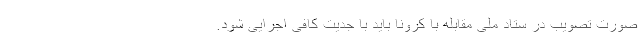
صورت تصویب در ستاد ملی مقابله با کرونا باید با جدیت کافی اجرایی شود.